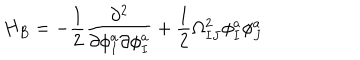
LaTeX: H _ { B } = - \frac { 1 } { 2 } \frac { \partial ^ { 2 } } { \partial \phi _ { I } ^ { a } \partial \phi _ { I } ^ { a } } + \frac { 1 } { 2 } \Omega _ { I J } ^ { 2 } \phi _ { I } ^ { a } \phi _ { J } ^ { a }